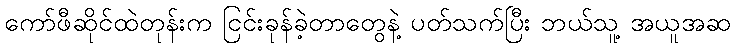
ကော်ဖီဆိုင်ထဲတုန်းက ငြင်းခုန်ခဲ့တာတွေနဲ့ ပတ်သက်ပြီး ဘယ်သူ့ အယူအဆ